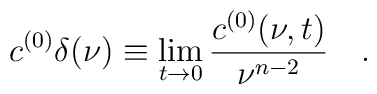
c^{(0)}\delta(\nu) \equiv\lim_{t\to 0} {c^{(0)}(\nu, t)\over \nu^{n-2}} \quad .